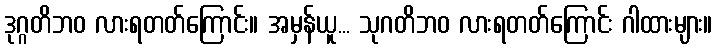
ဒုဂ္ဂတိဘဝ လားရတတ်ကြောင်း။ အမှန်ယူ... သုဂတိဘဝ လားရတတ်ကြောင်း ဂါထားများ။